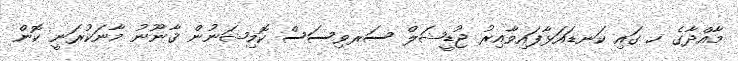
މާއްދާގެ ހ ގައި ކަނޑައަޅާފައިވާއިރު ޖުޑީޝަލް ސަރވިސަސް ކޮމިޝަނުން ޤާނޫނު މާނަކުރަނީ ކޮން